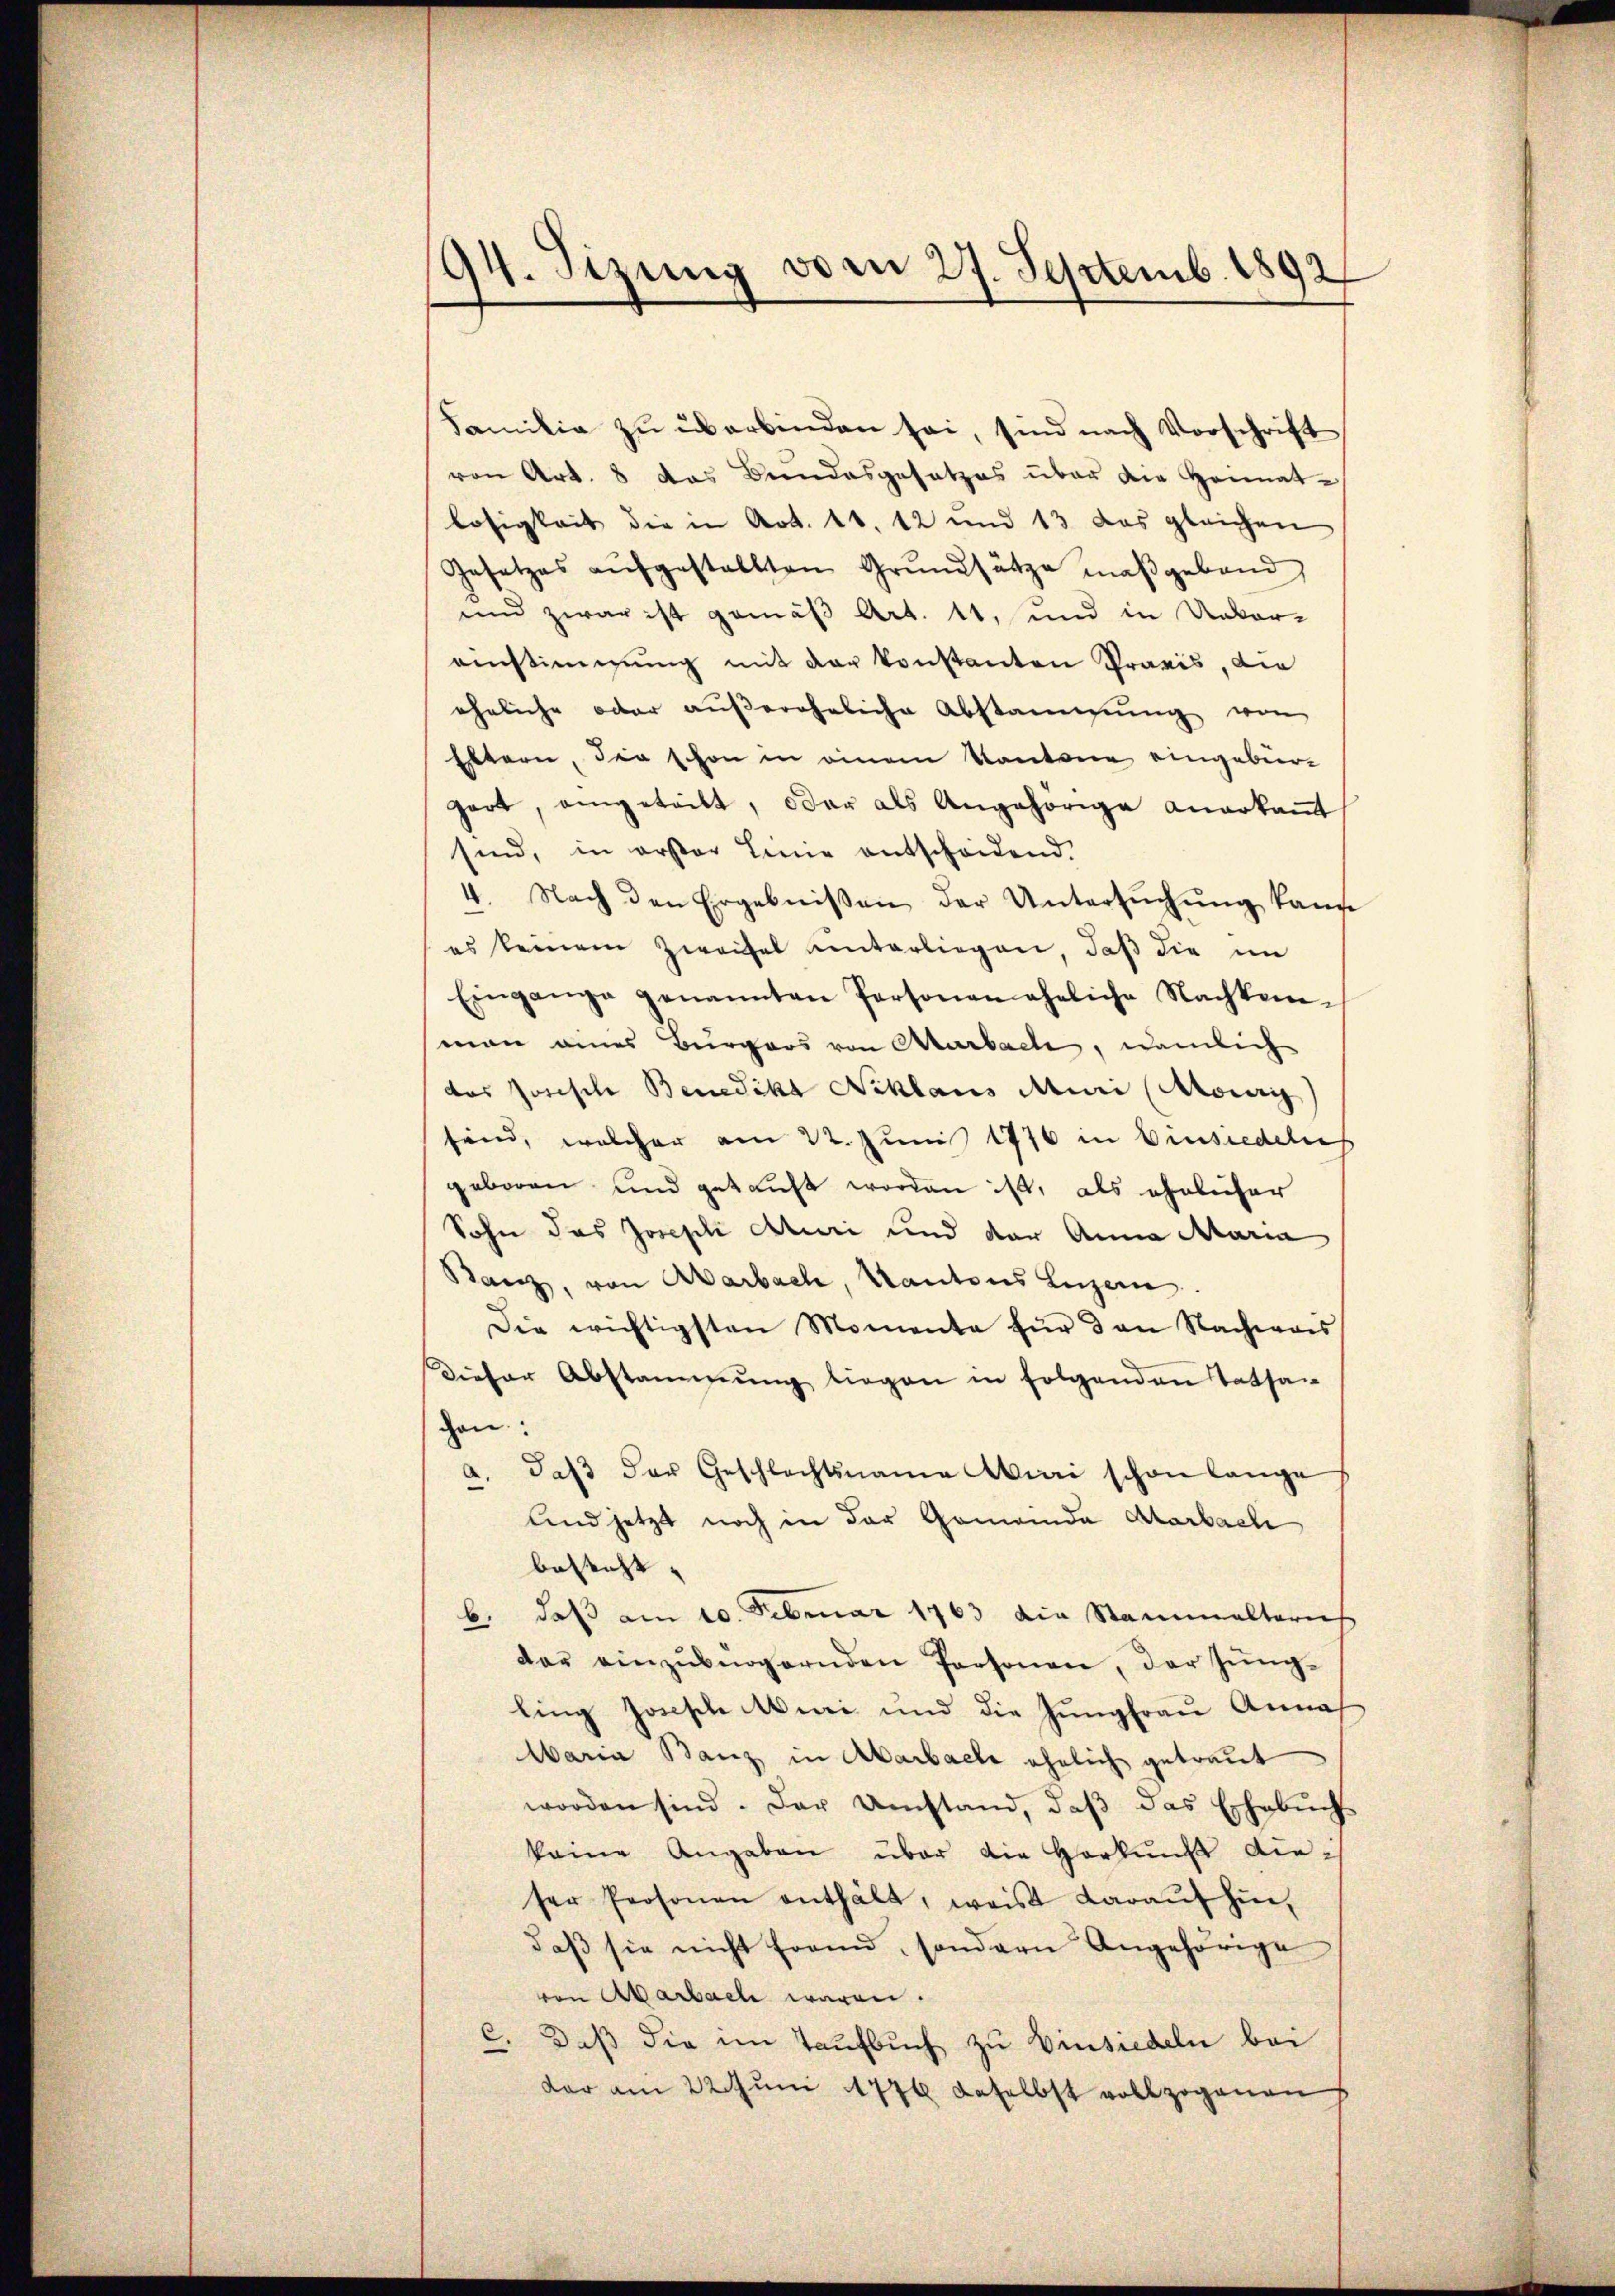
94. Sizung vom 27. Septemb. 1892

Familia zu überbinden sei, sind nach Vorschrift
von Art. 8 das Bundesgesetzes über die Heimat-
losigkeit die in Art. 10. 12 und 13 das gleichen
Gesetzes aŭfgestellten Grŭndsätze maßgeband
und zwar ist gemäß Art. 11, und in Ueber-
einstimmung mit der konstanton Praxis, die
eheliche oder aŭβereheliche Abstammgŭng von
Eltern, die schon in einem Kantone eingebürgart, angeteilt, oder als Angehörige anerkant
sind, in erster Leine entscheidend.
4. Nach den Ergebnissen der Untersŭchŭng kann
es keinem Zweifel unterliegen, daß die im
Eingange genannten Personen eheliche Nachkom-
man eines Burgers von Aarbache, nämlich
das Josische Benedikt Niklaus Muri (Morg
sind, welcher am 22. Juni 1876 in Einsiedelns
geboren und gekauft worden ist, als ähnlicher
Sohn das Josephi Aturi und der Anna Maria
Banz, von Aarbach, Kantons Luzern
Die wichtigsten Momente für den Nachwais
Dieser Abstangŭng liegen in folgenden Tatsan
hen:
daβ der Geschlechtsname Wini schon lange
A
Und jetzt noch in der Gemeinda Marbach
besteht |
b. daß am 10. Februar 1763 die Stammelterich
dar einzŭbergernden Personen, der Jungling Joseph Muri und die Jungfrau Annah
Waria Banz in Abarbache ehelich getraut
worden sind. Der Umstand, daß das Erhebuch
keine Angaben über die Herkung dieser Personen enthält, weis darauf hindaß sie nicht form, sondern Angehörige
von Aarbach waren.
c. Daß die im Taufbuch zu Einsiedeln bei
dar am 22. Juni 1776 daselbst vollzogenen